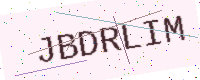
Text: JBDRLIM